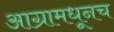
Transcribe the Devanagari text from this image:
आग्रामधूनच